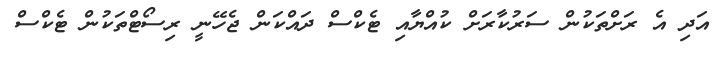
އަދި އެ ރަށްތަކުން ސަރުކާރަށް ކުއްޔާއި ޓެކްސް ދައްކަން ޖެހޭނީ ރިސޯޓްތަކުން ޓެކްސް